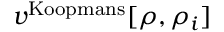
v ^ { \mathrm { K o o p m a n s } } [ \rho , \rho _ { i } ]